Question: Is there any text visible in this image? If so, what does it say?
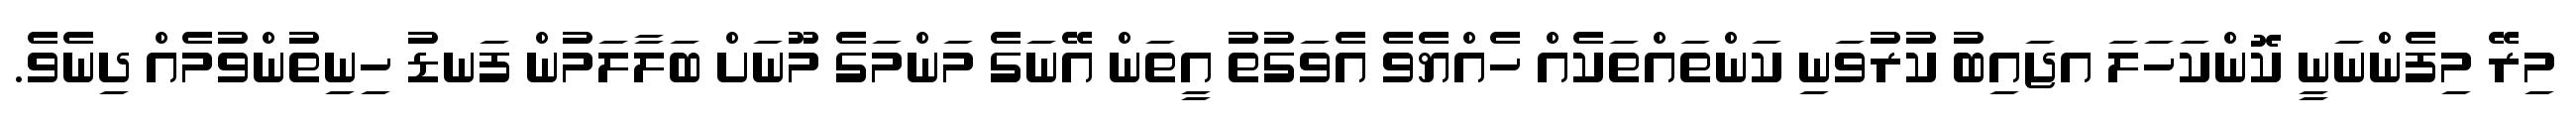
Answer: މިރޭ މިފެންނަނީ ކޮންކަހަލަ އޖައިބު ކުރުވަނި ކަންތައްތަކެއް ހެއްޔެވެ އެވަގުތު އީތަން އޭނަގެ މަންމަގެ މޫނަށް ބަލާލަމުން ފަނޑު ހިނިތުންވުމެއް ދިނެވެ.